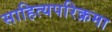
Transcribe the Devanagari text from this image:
साहित्यपरिक्रमा